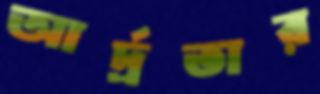
আর্দ্রতার